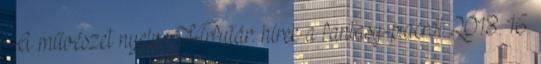
A művészet nyelve Hírfutár: hírek a fantasy-piacról 2018. 16.